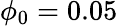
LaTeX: \phi_{0}=0.05